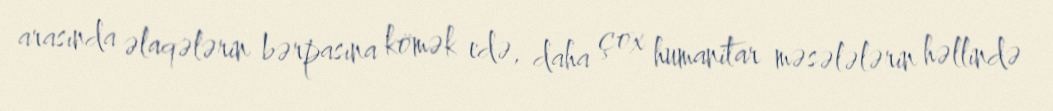
arasında əlaqələrin bərpasına kömək edə, daha çox humanitar məsələlərin həllində